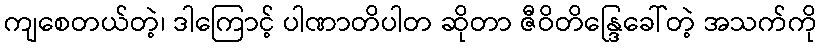
ကျစေတယ်တဲ့၊ ဒါကြောင့် ပါဏာတိပါတ ဆိုတာ ဇီဝိတိန္ဒြေခေါ်တဲ့ အသက်ကို